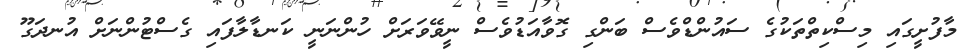
މާފުށީގައި މިސްކިތްތަކުގެ ސައުންޑްވެސް ބަންގި ގޮވާއަޑުވެސް ނީވޭވަރަށް ހުންނަނީ ކަނޑާލާފައި ގެސްޓުންނަށް އުނދަގޫ